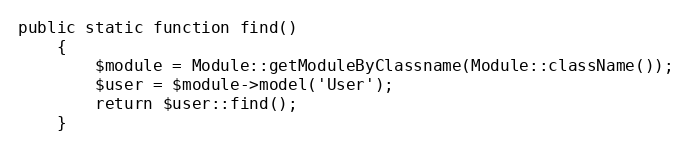
Language: PHP
public static function find()
    {
        $module = Module::getModuleByClassname(Module::className());
        $user = $module->model('User');
        return $user::find();
    }